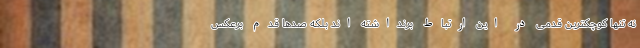
نه تنها کوچکترین قدمی در این ارتباط برنداشته اند بلکه صدها قدم برعکس